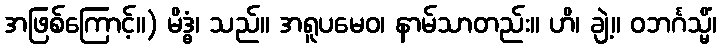
အဖြစ်ကြောင့်။) မိဒ္ဓံ၊ သည်။ အရူပမေဝ၊ နာမ်သာတည်း။ ဟိ၊ ချဲ့။ ဝဘင်္ဂသ္မိံ၊